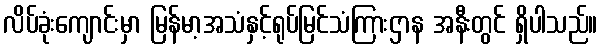
လိပ်ခုံးကျောင်းမှာ မြန်မာ့အသံနှင့်ရုပ်မြင်သံကြားဌာန အနီးတွင် ရှိပါသည်။